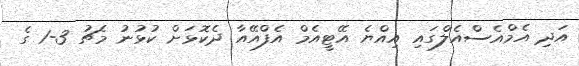
އަދި އެމްއެސްއެލްގައި އިއްޔެ އޭޓީއެމް އެފްއޭއާ ދެކޮޅަށް ކުޅުނު މެޗު 3-1 ގެ